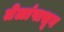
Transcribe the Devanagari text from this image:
तेलांपासून